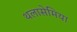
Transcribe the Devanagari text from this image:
थलासेमिया